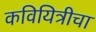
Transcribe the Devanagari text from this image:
कवियित्रीचा